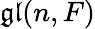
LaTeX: {\mathfrak{gl}}(n,F)